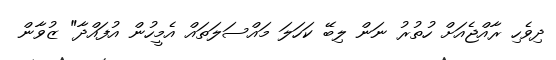
ދިވެހި ރާއްޖެއަށް ހުތުރު ނަން ލިބޭ ކަހަލަ މައްސަލަތައް އެމީހުން އުފައްދާ" ޒުވާން